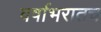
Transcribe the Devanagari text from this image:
वर्षाभरातच